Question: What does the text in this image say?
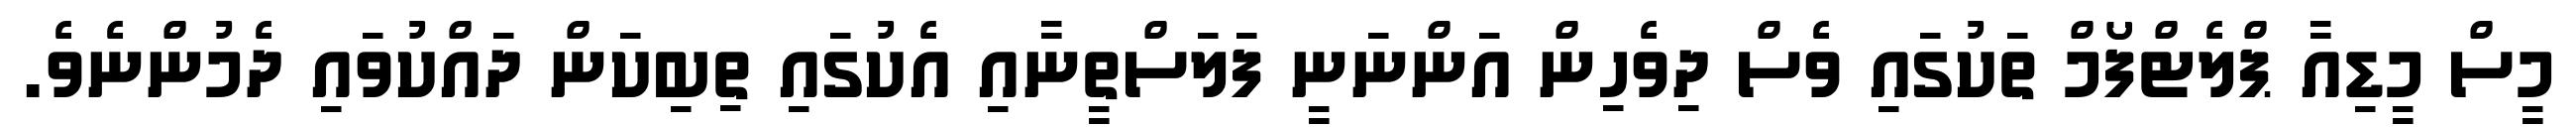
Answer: މީސް މީޑިއާ ޕްލެޓްފޯމް ތަކުގައި ވެސް ދިވެހިން އަންނަނީ ފަލަސްތީނާއި އެކުގައި ތިބިކަން ދައްކުވައި ދެމުންނެވެ.